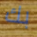
بك